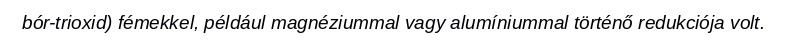
bór-trioxid) fémekkel, például magnéziummal vagy alumíniummal történő redukciója volt.